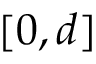
[ 0 , d ]